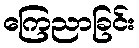
ကြေညာခြင်း